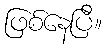
ဖြစ်နေပြီ။